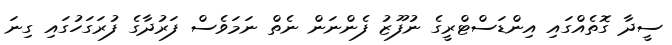
ސީދާ ގޮތެއްގައި އިންޑަސްޓްރީގެ ނުފޫޒު ފެންނަން ނެތް ނަމަވެސް ފަރުދާގެ ފުރަގަހުގައި ގިނަ